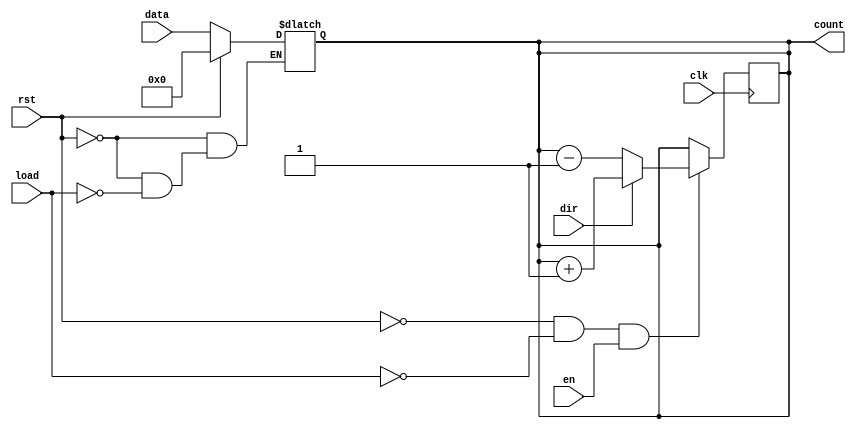
module async_load_counter (
    input wire clk,          // Clock signal
    input wire rst,          // Asynchronous reset
    input wire load,         // Asynchronous load
    input wire [7:0] data,   // Value to load into the counter
    input wire en,           // Count enable
    input wire dir,          // Count direction: 1 for up, 0 for down
    output reg [7:0] count   // Current counter value
);

    // Asynchronous reset and load logic
    always @(*) begin
        if (rst) begin
            count = 8'b0;              // Reset counter to 0
        end else if (load) begin
            count = data;              // Load input data into counter
        end
    end

    // Synchronous counting operation
    always @(posedge clk) begin
        if (!rst && !load && en) begin
            if (dir) begin
                count <= count + 1;    // Count up
            end else begin
                count <= count - 1;    // Count down
            end
        end
    end

endmodule